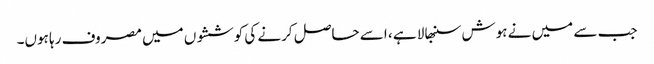
جب سے میں نے ہوش سنبھالا ہے ، اسے حاصل کرنے کی کوششوں میں مصروف رہا ہوں۔